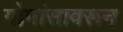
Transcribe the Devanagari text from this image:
गोमांसावरून